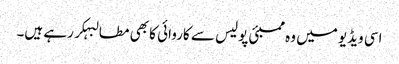
اسی ویڈیو میں وہ ممبئی پولیس سے کاروائی کا بھی مطالبہکر رہے ہیں۔